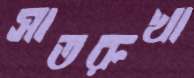
সাতরুখা